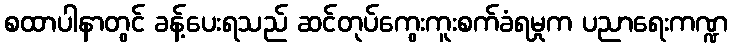
စထာပါနာတွင် ခန့်ပေးရသည် ဆင်တုပ်ကွေးကူးစက်ခံရမှုက ပညာရေးကဏ္ဍ